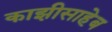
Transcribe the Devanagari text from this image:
काझीसाहेब